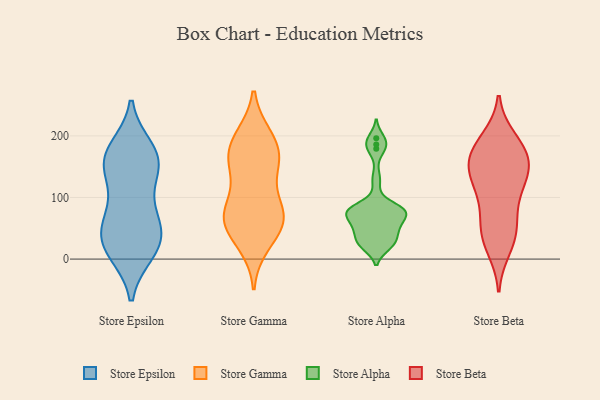
{"axis": {"x": "Waste Production (Tons)", "y": "Value"}, "legend": ["Store Alpha", "Store Beta", "Store Epsilon", "Store Gamma"], "data": [{"x": "", "y": 47, "type": "Store Epsilon"}, {"x": "", "y": 136, "type": "Store Epsilon"}, {"x": "", "y": 173, "type": "Store Epsilon"}, {"x": "", "y": 53, "type": "Store Epsilon"}, {"x": "", "y": 36, "type": "Store Epsilon"}, {"x": "", "y": 166, "type": "Store Epsilon"}, {"x": "", "y": 154, "type": "Store Epsilon"}, {"x": "", "y": 81, "type": "Store Epsilon"}, {"x": "", "y": 163, "type": "Store Epsilon"}, {"x": "", "y": 179, "type": "Store Epsilon"}, {"x": "", "y": 14, "type": "Store Epsilon"}, {"x": "", "y": 35, "type": "Store Epsilon"}, {"x": "", "y": 143, "type": "Store Epsilon"}, {"x": "", "y": 11, "type": "Store Epsilon"}, {"x": "", "y": 15, "type": "Store Epsilon"}, {"x": "", "y": 80, "type": "Store Epsilon"}, {"x": "", "y": 40, "type": "Store Gamma"}, {"x": "", "y": 142, "type": "Store Gamma"}, {"x": "", "y": 25, "type": "Store Gamma"}, {"x": "", "y": 198, "type": "Store Gamma"}, {"x": "", "y": 155, "type": "Store Gamma"}, {"x": "", "y": 197, "type": "Store Gamma"}, {"x": "", "y": 81, "type": "Store Gamma"}, {"x": "", "y": 62, "type": "Store Gamma"}, {"x": "", "y": 182, "type": "Store Gamma"}, {"x": "", "y": 70, "type": "Store Gamma"}, {"x": "", "y": 60, "type": "Store Gamma"}, {"x": "", "y": 78, "type": "Store Gamma"}, {"x": "", "y": 169, "type": "Store Gamma"}, {"x": "", "y": 77, "type": "Store Gamma"}, {"x": "", "y": 154, "type": "Store Gamma"}, {"x": "", "y": 52, "type": "Store Alpha"}, {"x": "", "y": 45, "type": "Store Alpha"}, {"x": "", "y": 80, "type": "Store Alpha"}, {"x": "", "y": 31, "type": "Store Alpha"}, {"x": "", "y": 77, "type": "Store Alpha"}, {"x": "", "y": 186, "type": "Store Alpha"}, {"x": "", "y": 77, "type": "Store Alpha"}, {"x": "", "y": 196, "type": "Store Alpha"}, {"x": "", "y": 179, "type": "Store Alpha"}, {"x": "", "y": 79, "type": "Store Alpha"}, {"x": "", "y": 24, "type": "Store Alpha"}, {"x": "", "y": 25, "type": "Store Alpha"}, {"x": "", "y": 78, "type": "Store Alpha"}, {"x": "", "y": 58, "type": "Store Alpha"}, {"x": "", "y": 21, "type": "Store Alpha"}, {"x": "", "y": 71, "type": "Store Alpha"}, {"x": "", "y": 82, "type": "Store Alpha"}, {"x": "", "y": 129, "type": "Store Alpha"}, {"x": "", "y": 50, "type": "Store Alpha"}, {"x": "", "y": 181, "type": "Store Beta"}, {"x": "", "y": 18, "type": "Store Beta"}, {"x": "", "y": 45, "type": "Store Beta"}, {"x": "", "y": 168, "type": "Store Beta"}, {"x": "", "y": 101, "type": "Store Beta"}, {"x": "", "y": 74, "type": "Store Beta"}, {"x": "", "y": 113, "type": "Store Beta"}, {"x": "", "y": 184, "type": "Store Beta"}, {"x": "", "y": 45, "type": "Store Beta"}, {"x": "", "y": 194, "type": "Store Beta"}, {"x": "", "y": 155, "type": "Store Beta"}, {"x": "", "y": 35, "type": "Store Beta"}, {"x": "", "y": 141, "type": "Store Beta"}, {"x": "", "y": 136, "type": "Store Beta"}, {"x": "", "y": 161, "type": "Store Beta"}, {"x": "", "y": 136, "type": "Store Beta"}]}